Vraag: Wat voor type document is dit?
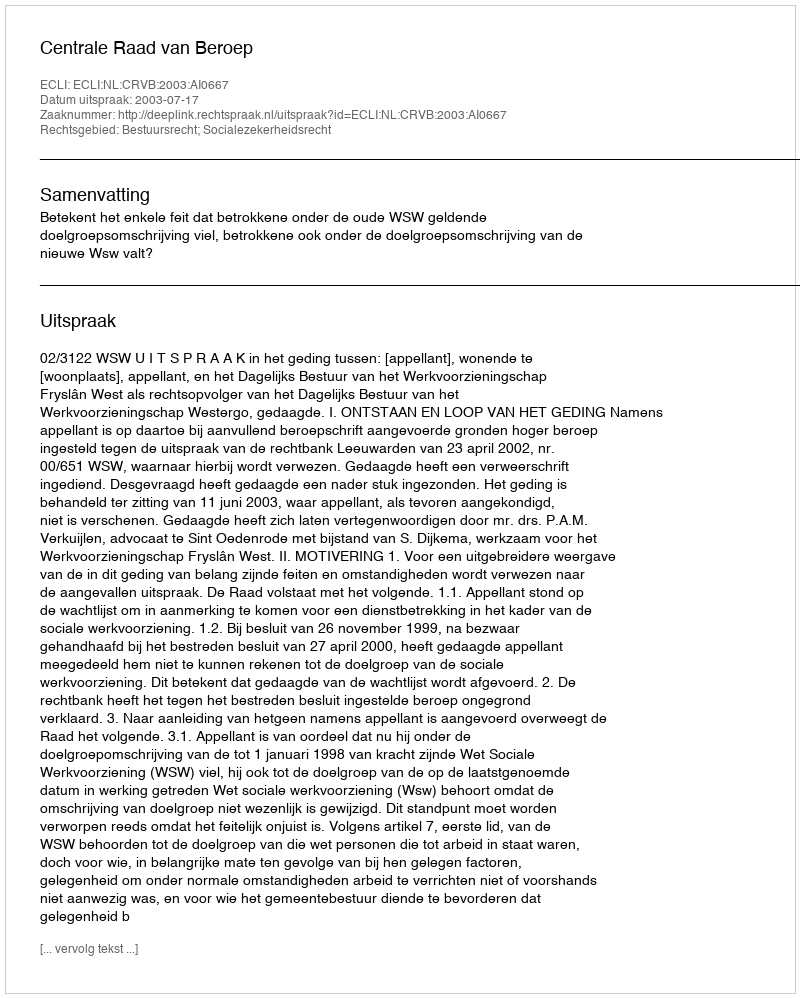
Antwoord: Uitspraak